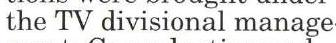
 the TV divisional manage